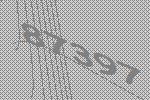
87397